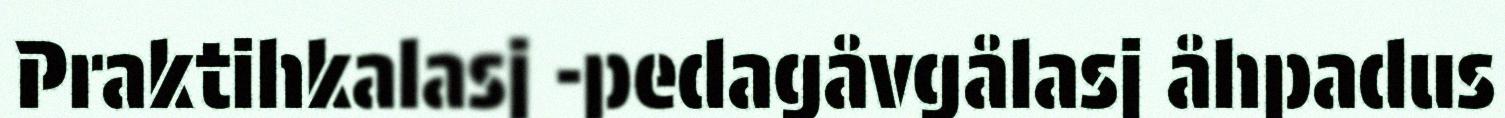
Praktihkalasj -pedagåvgålasj åhpadus